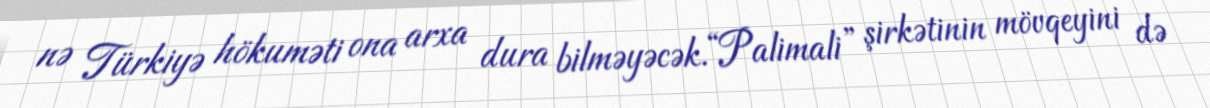
nə Türkiyə hökuməti ona arxa dura bilməyəcək.“Palimali” şirkətinin mövqeyini də